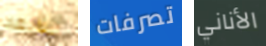
التابعة تصرفات الأناني